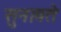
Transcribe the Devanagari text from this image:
सुनावते